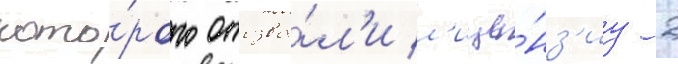
кото́рого отозва́л'и л'ице́нз'иу 2